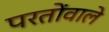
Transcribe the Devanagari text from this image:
परतोंवाले